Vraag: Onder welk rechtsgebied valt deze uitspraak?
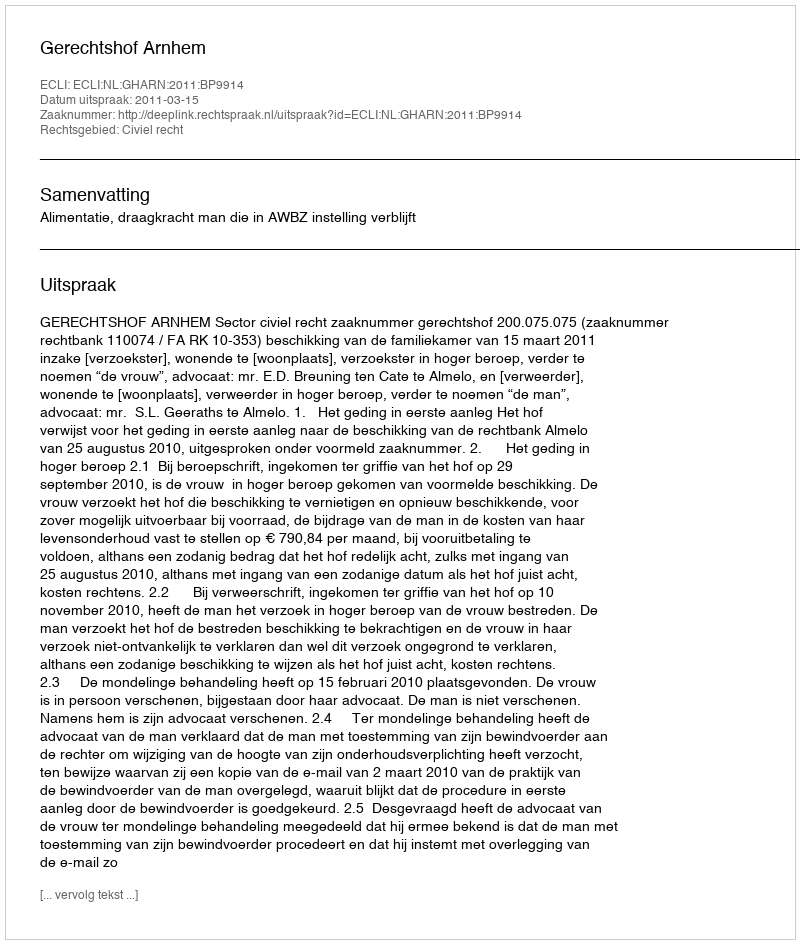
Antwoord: Civiel recht